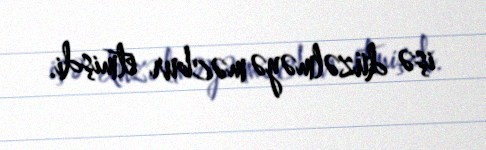
işə düzəlməyə məcbur etmişdi.